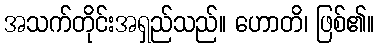
အသက်တိုင်းအရှည်သည်။ ဟောတိ၊ ဖြစ်၏။